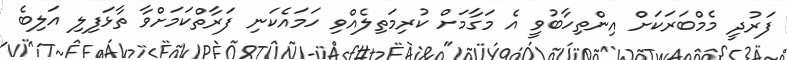
ފަރުދީ މެމްބަރަކަށް އިންތިހާބުވީ އެ މަގާމަށް ކުރިމަތިލެއްވި ހަމައެކަނި ފަރާތްކަމަށްވާ ތާޅަފިލި އަލިބެ